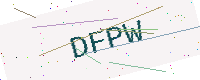
Text: DFPW